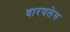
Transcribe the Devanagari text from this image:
वारयलेस